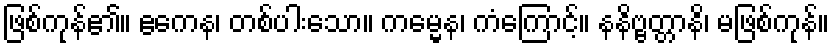
ဖြစ်ကုန်၏။ ဧကေန၊ တစ်ပါးသော။ ကမ္မေန၊ ကံကြောင့်။ နနိဗ္ဗတ္တာနိ၊ မဖြစ်ကုန်။